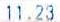
11.23